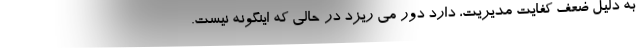
به دلیل ضعف کفایت مدیریت، دارد دور می ریزد در حالی که اینگونه نیست.